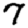
Digit: 7